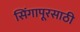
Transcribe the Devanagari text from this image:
सिंगापूरसाठी